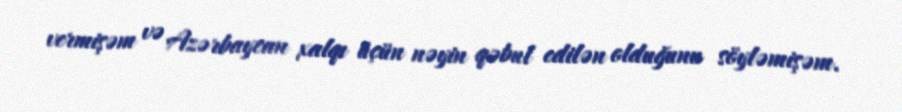
vermişəm və Azərbaycan xalqı üçün nəyin qəbul edilən olduğunu söyləmişəm.